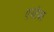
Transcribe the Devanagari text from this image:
एज़्टेका